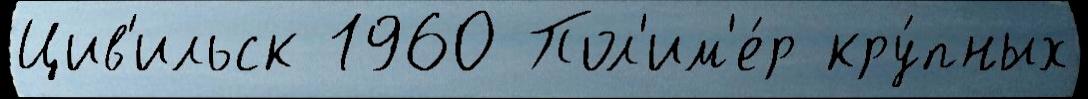
Цив'ильск 1960 Пол'им'е́р кру́пных